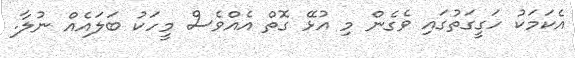
އެކަމަކު ހަގީގަތުގައި ވެގެން މި އުޅޭ ގޮތް އެއްވެސް މީހަކު ބަލައެއް ނުލާ.